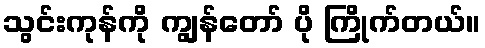
သွင်းကုန်ကို ကျွန်တော် ပို ကြိုက်တယ်။